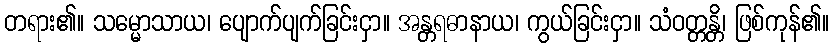
တရား၏။ သမ္မောသာယ၊ ပျောက်ပျက်ခြင်းငှာ။ အန္တရဓာနာယ၊ ကွယ်ခြင်းငှာ။ သံဝတ္တန္တိ၊ ဖြစ်ကုန်၏။